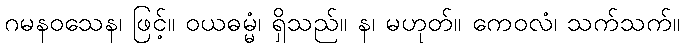
ဂမနဝသေန၊ ဖြင့်။ ဝယဓမ္မံ၊ ရှိသည်။ န၊ မဟုတ်။ ကေဝလံ၊ သက်သက်။